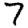
Digit: 7